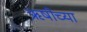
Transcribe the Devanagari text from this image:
ऋषीच्या